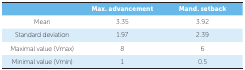
<table><thead><tr><td></td><td><b>Max. advancement</b></td><td><b>Mand. setback</b></td></tr></thead><tbody><tr><td>Mean</td><td>3.35</td><td>3.92</td></tr><tr><td>Standard deviation</td><td>1.97</td><td>2.39</td></tr><tr><td>Maximal value (Vmax)</td><td>8</td><td>6</td></tr><tr><td>Minimal value (Vmin) </td><td>1</td><td>0.5</td></tr></tbody></table>